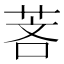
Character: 𬜵